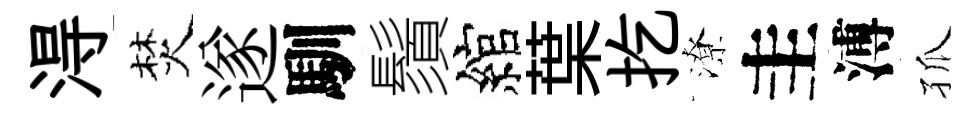
淂焚遂馴鬚綰葉扢潦圭溥孤